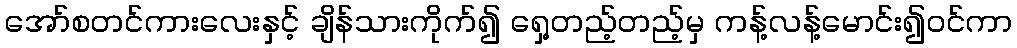
အော်စတင်ကားလေးနှင့် ချိန်သားကိုက်၍ ရှေ့တည့်တည့်မှ ကန့်လန့်မောင်း၍ဝင်ကာ